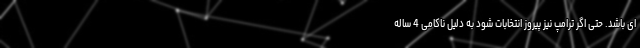
ای باشد. حتی اگر ترامپ نیز پیروز انتخابات شود به دلیل ناکامی 4 ساله